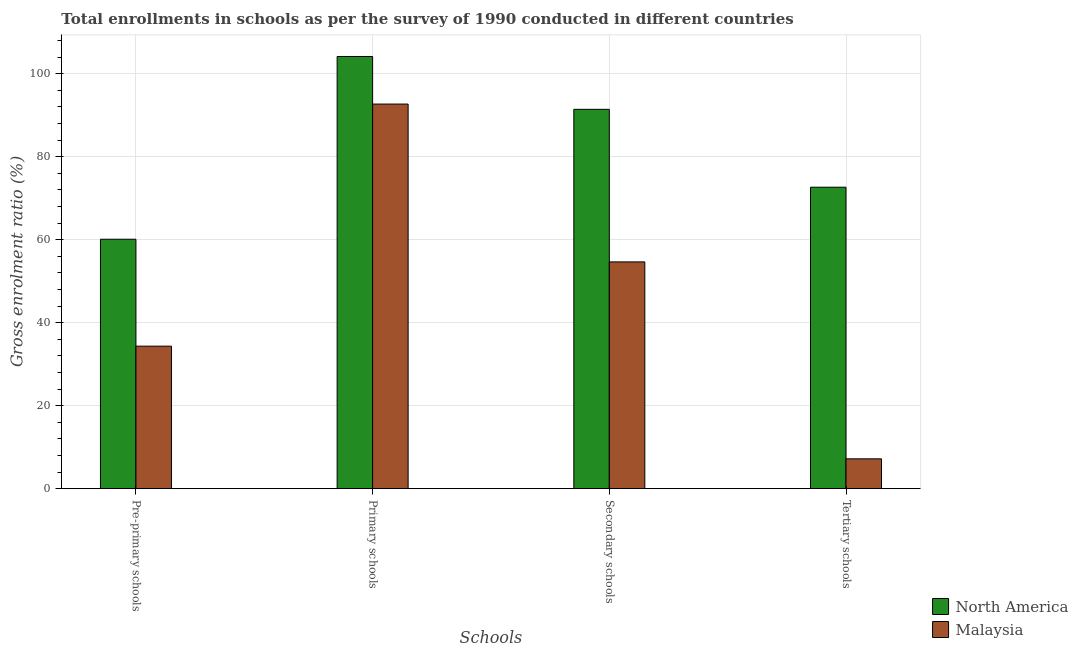
| Schools | North America | Malaysia |
 | --- | --- | --- |
 | Pre-primary schools | 60.1 | 34.3 |
 | Primary schools | 104 | 92.7 |
 | Secondary schools | 91.4 | 54.7 |
 | Tertiary schools | 72.7 | 7.19 |